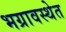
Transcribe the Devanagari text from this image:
भग्रावस्थेत